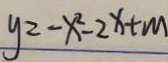
y ^ { 2 } - x ^ { 2 } - 2 x + m